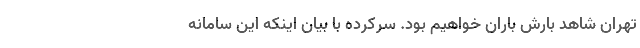
تهران شاهد بارش باران خواهیم بود. سرکرده با بیان اینکه این سامانه